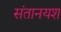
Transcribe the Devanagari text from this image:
संतानयश